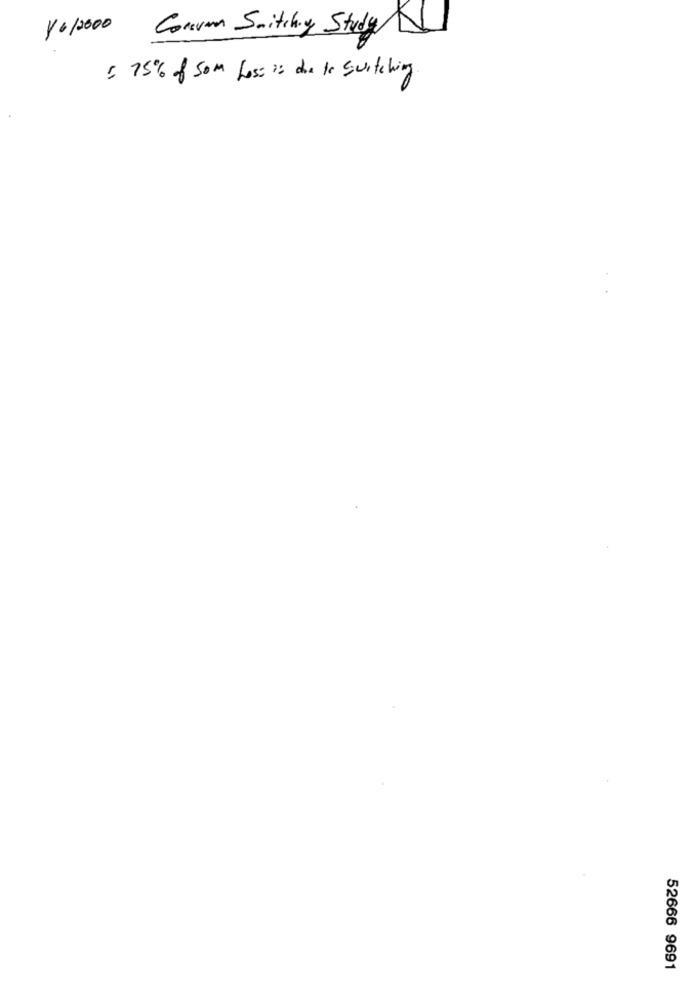
80/2000 Corevan Snitchy Study
5. 75% of som hose is the is switching
52666 9691